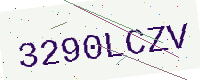
Text: 3290LCZV